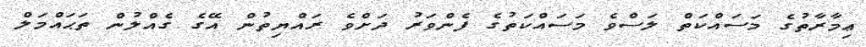
ޢިމާރާތުގެ މަސައްކަތް ލަސްވެ މަސައްކަތުގެ ފެންވަރު ދަށްވެ ރައްޔިތުން އޭގެ ގެއްލުން ތަޙައްމަލް